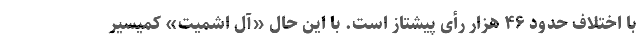
با اختلاف حدود ۴۶ هزار رأی پیشتاز است. با این حال «آل اشمیت» کمیسیر